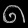
Digit: ၈